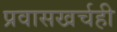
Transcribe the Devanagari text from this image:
प्रवासखर्चही